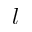
l